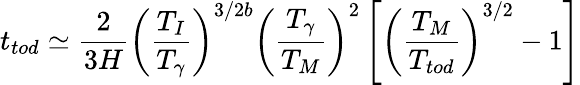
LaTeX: t_{tod}\simeq\frac 2{3H}\left(\frac{T_{I}}{T_{\gamma}}\right)^{3/2b}\left(\frac{T_{\gamma}}{T_{M}}\right)^{2}\left[\left(\frac{T_{M}}{T_{tod}}\right)^{3/2}-1\right]